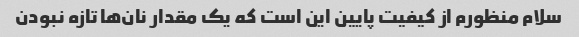
سلام منظورم از کیفیت پایین این است که یک مقدار نان‌ها تازه نبودن